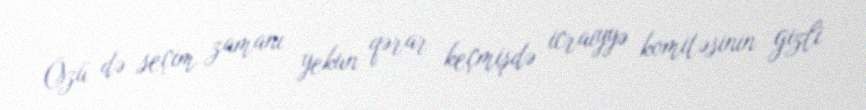
Özü də seçim zamanı yekun qərar keçmişdə icraiyyə komitəsinin gizli